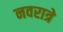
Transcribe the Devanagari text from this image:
नवरात्रे